画像に写った文字を読んでください
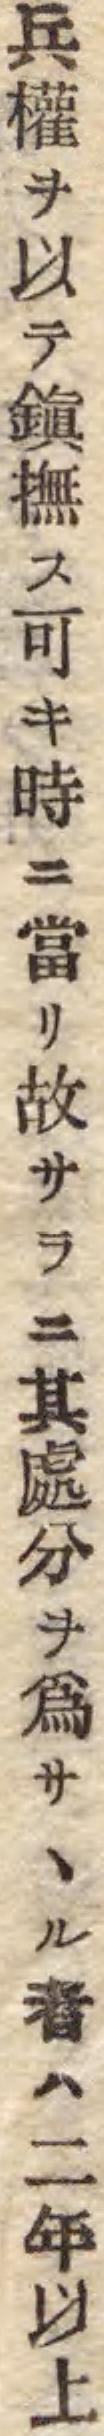
「兵權ヲ以テ鎭撫ス可キ時ニ當リ故サラニ其處分ヲ爲サヽル者ハ二年以上」と書いてあります